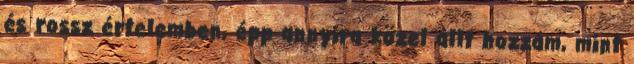
és rossz értelemben, épp annyira közel állt hozzám, mint